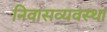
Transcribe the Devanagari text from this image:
निवासव्यवस्था